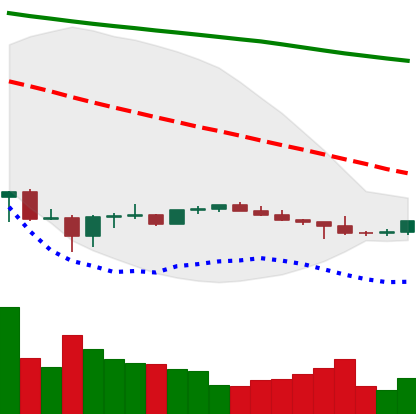
Ticker: BTC-USD
Chart end date: 2022-07-04
Forward return: 6.727%
Label: up_5_7